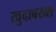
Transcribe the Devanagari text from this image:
खुदाबख्श